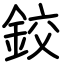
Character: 鉸